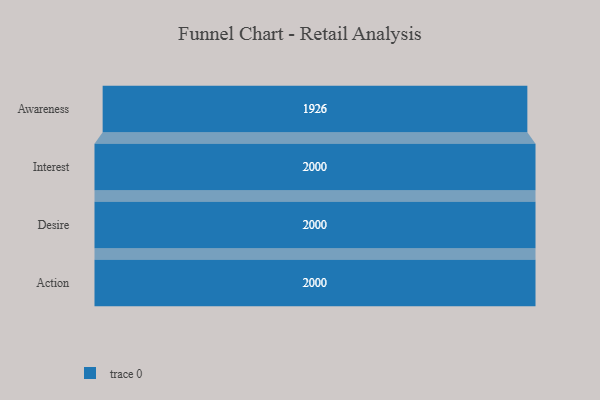
{"axis": {"x": "Stage", "y": "Value"}, "legend": [""], "data": [{"x": "Awareness", "y": 1926.0, "type": ""}, {"x": "Interest", "y": 2000, "type": ""}, {"x": "Desire", "y": 2000, "type": ""}, {"x": "Action", "y": 2000, "type": ""}]}